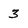
Character: 3